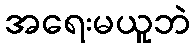
အရေးမယူဘဲ